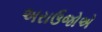
અરાઉજોએ